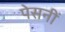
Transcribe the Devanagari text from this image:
पेसनीं